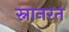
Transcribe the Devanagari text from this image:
स्नानरत